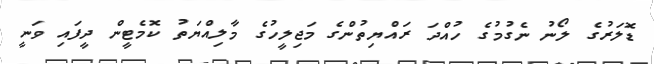
ޑޮލަރުގެ ލޯނު ނެގުމުގެ ހުއްދަ ރައްޔިތުންގެ މަޖިލީހުގެ މާލިއްޔަތު ކޮމެޓީން ދީފައި ވަނީ